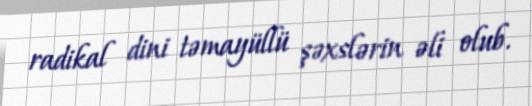
radikal dini təmayüllü şəxslərin əli olub.